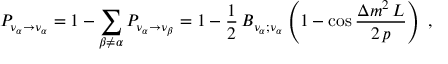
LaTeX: P _ { \nu _ { \alpha } \to \nu _ { \alpha } } = 1 - \sum _ { \beta \not = \alpha } P _ { \nu _ { \alpha } \to \nu _ { \beta } } = 1 - { \frac { 1 } { 2 } } \, B _ { \nu _ { \alpha } ; \nu _ { \alpha } } \left( 1 - \cos { \frac { \displaystyle \Delta m ^ { 2 } \, L } { \displaystyle 2 \, p } } \right) \; ,